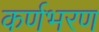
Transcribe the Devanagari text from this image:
कर्णभरण